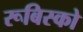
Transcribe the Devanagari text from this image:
रूबिस्को